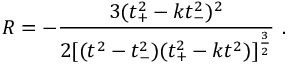
R = - \frac { 3 ( t _ { + } ^ { 2 } - k t _ { - } ^ { 2 } ) ^ { 2 } } { 2 [ ( t ^ { 2 } - t _ { - } ^ { 2 } ) ( t _ { + } ^ { 2 } - k t ^ { 2 } ) ] ^ { \frac { 3 } { 2 } } } \ .